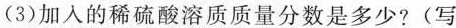
(3)加入的稀硫酸溶质质量分数是多少?(写